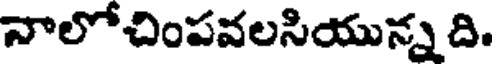
నాలోచింపవలసియున్న ది.